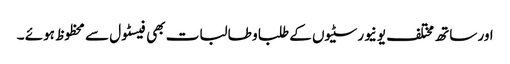
اور ساتھ مختلف یونیورسٹیوں کے طلبا و طالبات بھی فیسٹول سے محظوظ ہوئے ۔